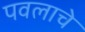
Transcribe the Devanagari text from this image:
पवलाचे